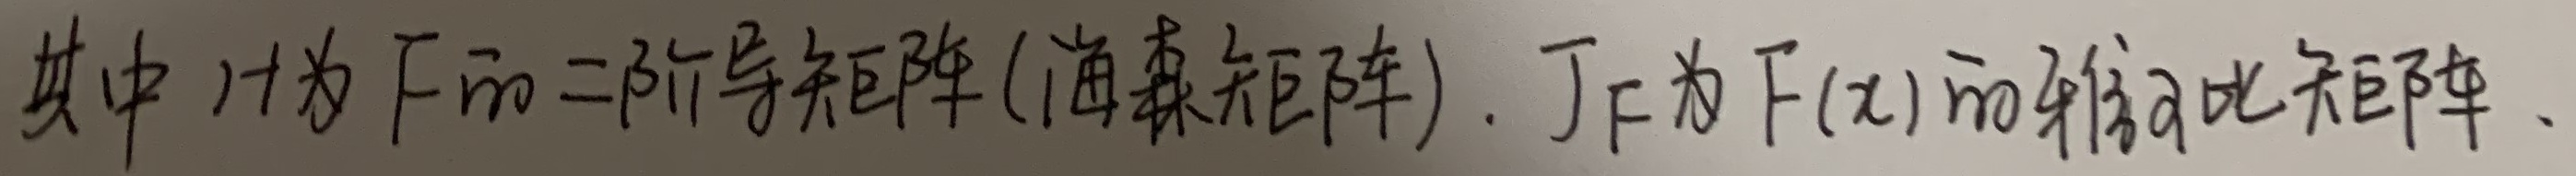
其中 \(H\) 为 \(F\) 的二阶导矩阵 (海森矩阵)，\(J_F\) 为 \(F(x)\) 的雅可比矩阵。